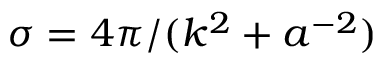
{ \sigma = 4 \pi / ( k ^ { 2 } + a ^ { - 2 } ) }